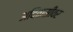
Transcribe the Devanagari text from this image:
अदिवासींवर